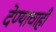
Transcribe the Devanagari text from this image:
देण्याचाही